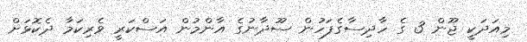
މިއަދަކީ ޖޫން 3 ގެ ހާދިސާގެފަހުން ސޫދާނުގެ އާންމުން އަސްކަރީ ވެރިކަމާ ދެކޮޅަށް